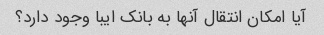
آیا امکان انتقال آنها به بانک ایبا وجود دارد؟